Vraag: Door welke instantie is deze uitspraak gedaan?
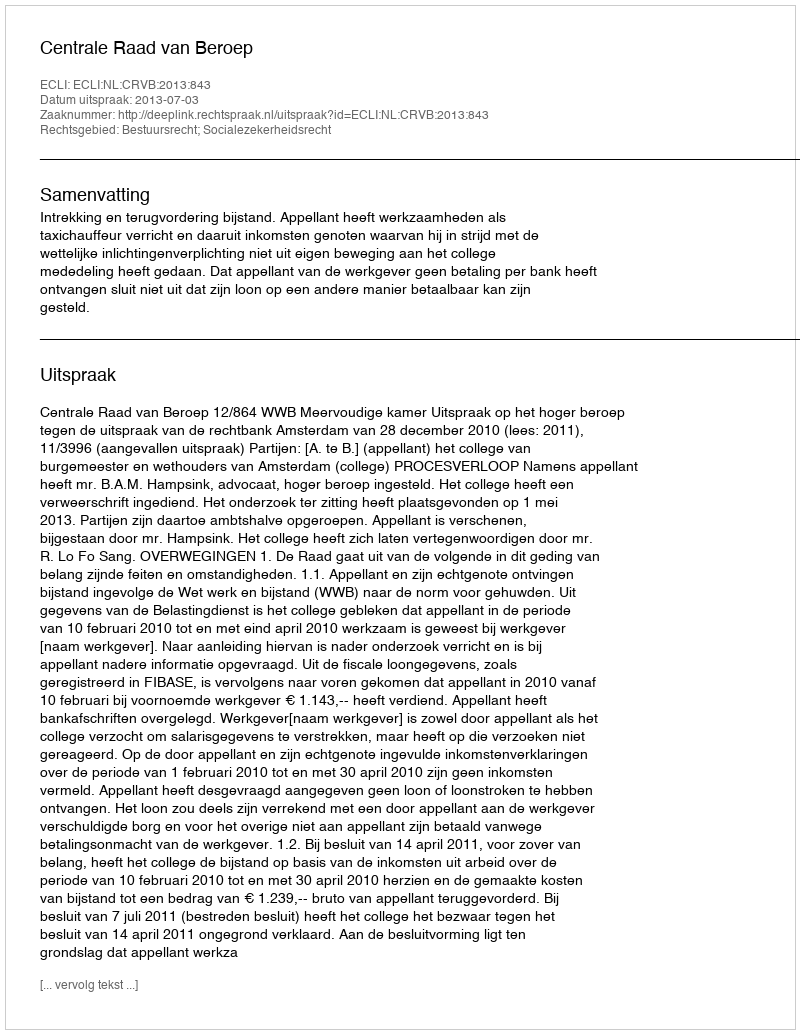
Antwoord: Centrale Raad van Beroep